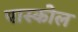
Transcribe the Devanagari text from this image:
पास्कोल